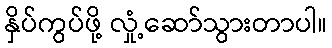
နှိပ်ကွပ်ဖို့ လှုံ့ဆော်သွားတာပါ။